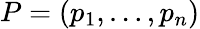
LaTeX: P=(p_{1},\dots,p_{n})